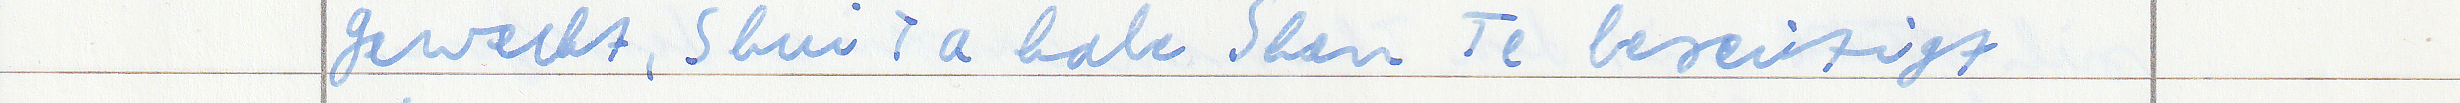
geweckt, Shui Ta habe Shen Te beseitigt